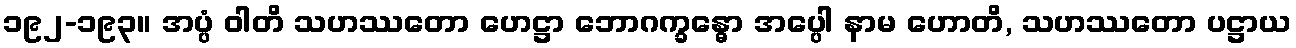
၁၉၂-၁၉၃။ အပ္ပံ ဝါတိ သဟဿတော ဟေဋ္ဌာ ဘောဂက္ခန္ဓော အပ္ပေါ နာမ ဟောတိ, သဟဿတော ပဋ္ဌာယ